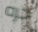
حره